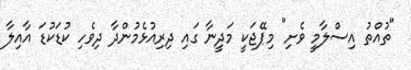
"ތުއްތު އިސްލާމީ ވެށި" މިޕޭޖަކީ މަދީނާ ގައި ދިރިއުޅެމުންދާ ދިވެހި ކުޑަކުޑަ އާއިލާ